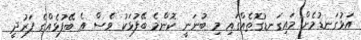
އަޅުގަނޑުމެން މައިގަނޑުގޮތެއްގައި މި ބުނަނީ ކޮންމެ ބޭފުޅަކު ވެސް އެ ބޭފުޅެއްގެ ފަރުދީ